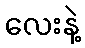
လေးနဲ့